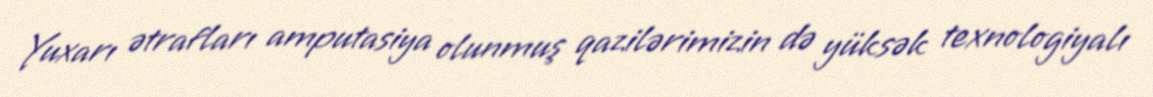
Yuxarı ətrafları amputasiya olunmuş qazilərimizin də yüksək texnologiyalı